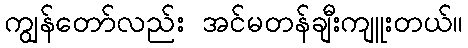
ကျွန်တော်လည်း အင်မတန်ချီးကျူးတယ်။